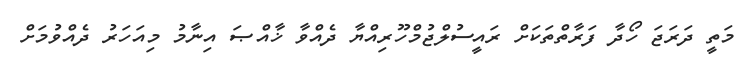
މަތީ ދަރަޖަ ހޯދާ ފަރާތްތަކަށް ރައީސުލްޖުމްހޫރިއްޔާ ދެއްވާ ޚާއްޞަ އިނާމު މިއަހަރު ދެއްވުމަށް